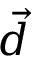
\vec { d }